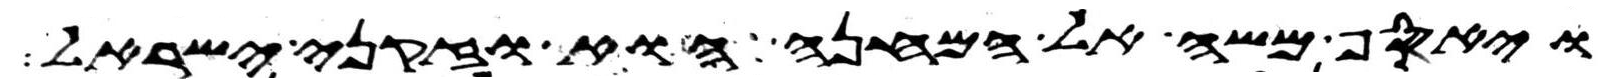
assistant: ויאסף משה אל המחנה הוא וזקני ישראל